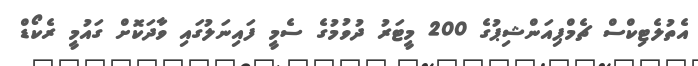
އެތުލެޓިކްސް ޗެމްޕިއަންޝިޕުގެ 200 މީޓަރު ދުވުމުގެ ސެމީ ފައިނަލުގައި ވާދަކޮށް ގައުމީ ރެކޯޑް